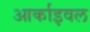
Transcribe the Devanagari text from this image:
आर्काइवल